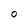
Character: 0